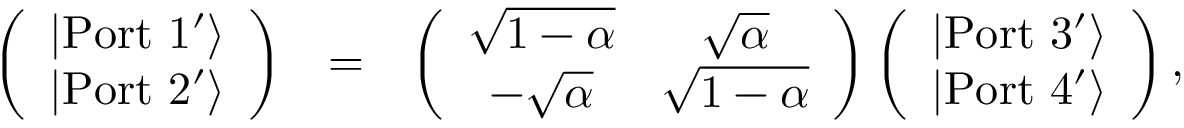
\begin{array} { r l r } { \left( \begin{array} { c } { | \mathrm { P o r t \ 1 ^ { \prime } } \rangle } \\ { | \mathrm { P o r t \ 2 ^ { \prime } } \rangle } \end{array} \right) } & { = } & { \left( \begin{array} { c c } { \sqrt { 1 - \alpha } } & { \sqrt { \alpha } } \\ { - \sqrt { \alpha } } & { \sqrt { 1 - \alpha } } \end{array} \right) \left( \begin{array} { c } { | \mathrm { P o r t \ 3 ^ { \prime } } \rangle } \\ { | \mathrm { P o r t \ 4 ^ { \prime } } \rangle } \end{array} \right) , } \end{array}